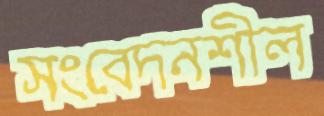
সংবেদনশীল